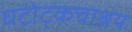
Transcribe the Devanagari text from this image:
घटोट्कचाश्रय